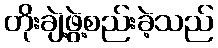
တိုးချဲ့ဖွဲ့စည်းခဲ့သည်